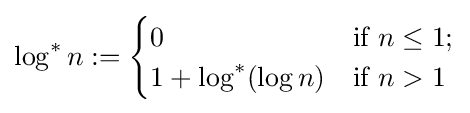
\log ^{*}n:={\begin{cases}0&{\mbox{if }}n\leq 1;\\1+\log ^{*}(\log n)&{\mbox{if }}n>1\end{cases}}